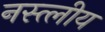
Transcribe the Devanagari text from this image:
नस्त्लीय